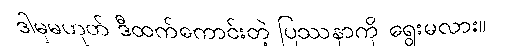
ဒါမှမဟုတ် ဒီထက်ကောင်းတဲ့ ပြဿနာကို ရွေးမလား။